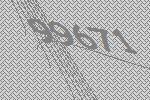
99671